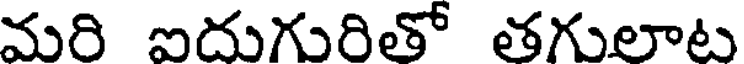
మరి ఐదుగురితో తగులాట